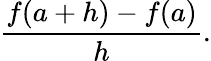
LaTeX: {\frac{f(a+h)-f(a)}{h}}.